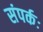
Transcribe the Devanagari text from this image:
संपर्कः